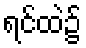
ရင်ထဲ၌